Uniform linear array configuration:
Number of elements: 24
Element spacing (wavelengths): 0.75
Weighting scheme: uniform
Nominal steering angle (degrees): -15
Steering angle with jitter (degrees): -16.525
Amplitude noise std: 0.05
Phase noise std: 0.05

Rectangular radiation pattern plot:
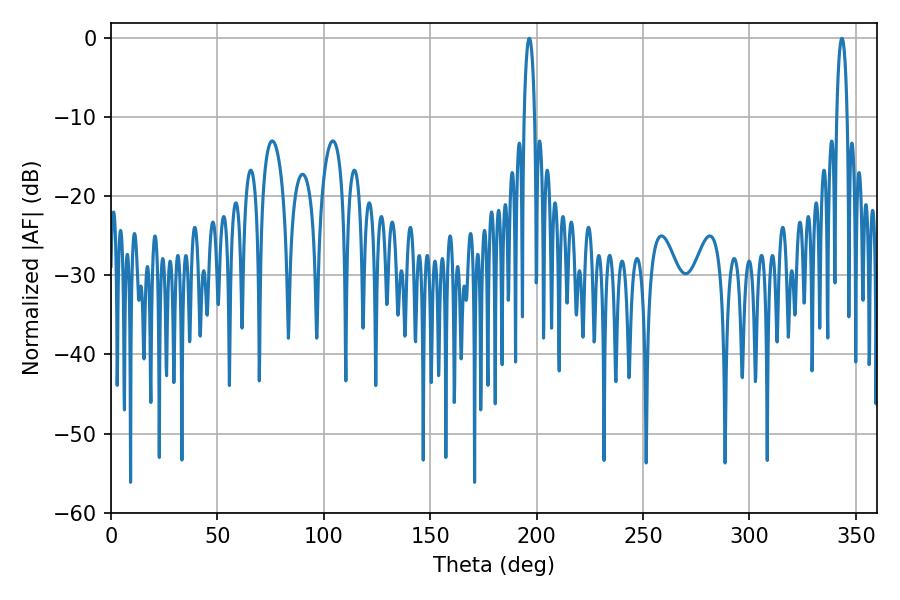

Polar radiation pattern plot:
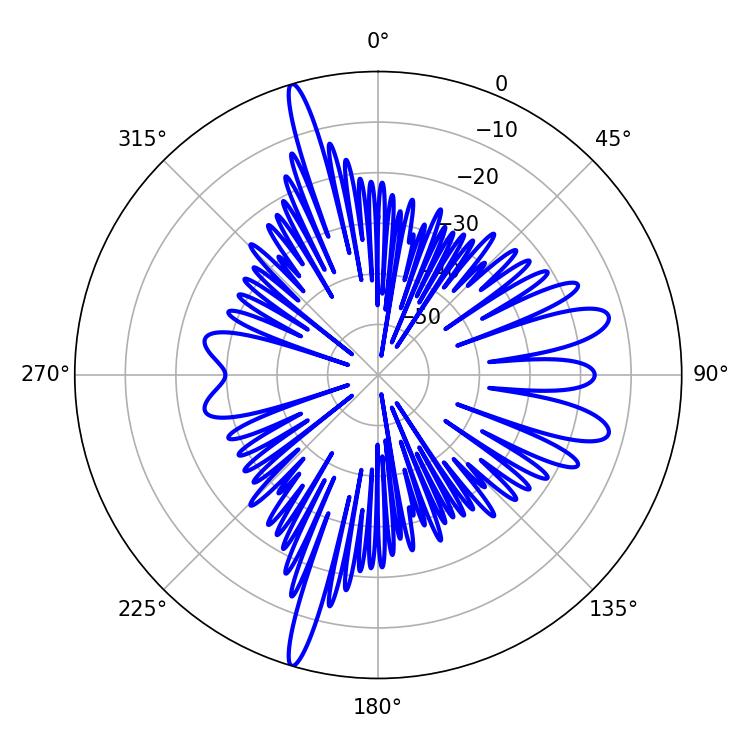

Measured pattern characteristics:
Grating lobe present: TRUE
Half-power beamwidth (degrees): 2.88
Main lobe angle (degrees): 196.56